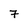
Character: 7